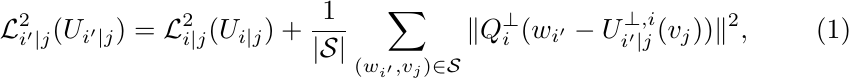
\begin{align}
    \mathcal{L}_{i'|j}^2 (U_{i'|j})
    &= \mathcal{L}_{i|j}^2 (U_{i|j} ) +  \frac{1}{|\mathcal{S}|} \sum_{(w_{i'},v_j)\in\mathcal{S}} \| Q_i^{\perp} (w_{i'} - U_{i'|j}^{\perp,i}(v_j)) \|^2,
\end{align}